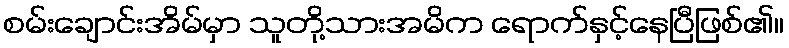
စမ်းချောင်းအိမ်မှာ သူတို့သားအမိက ရောက်နှင့်နေပြီဖြစ်၏။